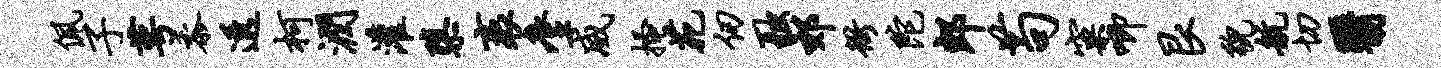
佩子萼黍透柯润灌隳袤麈威搔苑仞融郊衙陀郎苟窠唧艮貌航切翳